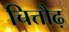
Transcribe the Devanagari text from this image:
चित्तौढ़